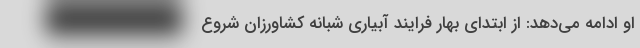
او ادامه می‌دهد: از ابتدای بهار فرایند آبیاری شبانه کشاورزان شروع